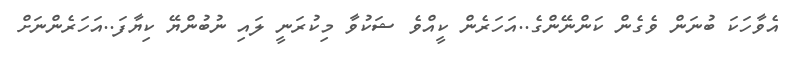
އެވާހަކަ ބުނަން ވެގެން ކަންނޭންގެ..އަހަރެން ކީއްވެ ޝަކުވާ މިކުރަނީ ލައި ނުބުންޔޭ ކިޔާފަ..އަހަރެންނަށް